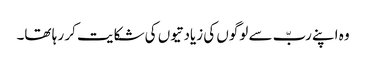
وہ اپنے ربّ سے لوگوں کی زیادتیوں کی شکایت کر ر ہا تھا۔